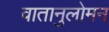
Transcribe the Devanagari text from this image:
वातानुलोमन